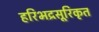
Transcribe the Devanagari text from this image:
हरिभद्रसूरिकृत